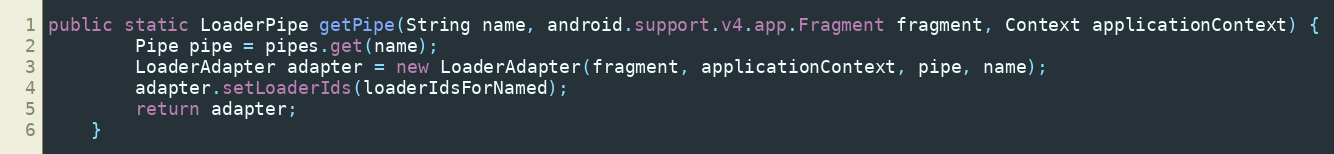
Language: Java
public static LoaderPipe getPipe(String name, android.support.v4.app.Fragment fragment, Context applicationContext) {
        Pipe pipe = pipes.get(name);
        LoaderAdapter adapter = new LoaderAdapter(fragment, applicationContext, pipe, name);
        adapter.setLoaderIds(loaderIdsForNamed);
        return adapter;
    }